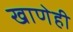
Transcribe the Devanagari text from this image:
खाणेही